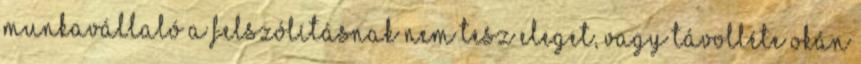
munkavállaló a felszólításnak nem tesz eleget, vagy távolléte okán